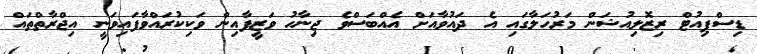
ޑިސްޕިއުޓް ރިޒޮލިއުޝަން މަރުހަލާގައި އެ ދައުވާއަށް އެއްބަސްވެ ޖިނާހު ވަޒީފާއިން ވަކިކުރައްވާފައިވަނީ އިޖްރާތްތައް